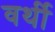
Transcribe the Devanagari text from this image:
वर्थी